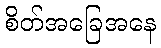
စိတ်အခြေအနေ